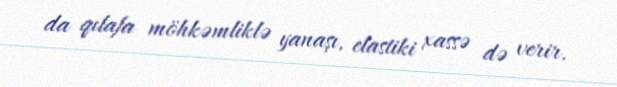
da qılafa möhkəmliklə yanaşı, elastiki xassə də verir.